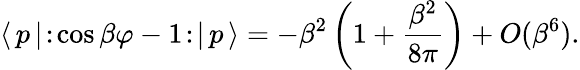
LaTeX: \langle\, p\, |\! :\! \cos\beta\varphi-1\! :\! |\, p\, \rangle=-\beta^{2}\left(1+\frac{\beta^{2}}{8\pi}\right)+O(\beta^{6}).